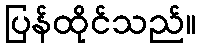
ပြန်ထိုင်သည်။